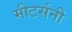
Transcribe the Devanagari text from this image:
मीटर्सनी